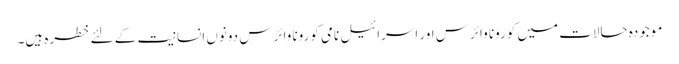
موجودہ حالات میں کورونا وائرس اور اسرائیل نامی کورونا وائرس دونوں انسانیت کے لئے خطرہ ہیں۔